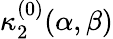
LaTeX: \kappa_{2}^{(0)}(\alpha,\beta)